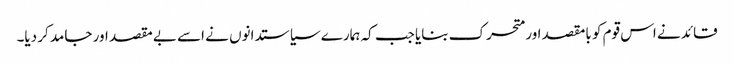
قائد نے اس قوم کو بامقصد اور متحرک بنایا جب کہ ہمارے سیاستدانوں نے اسے بے مقصد اور جامد کر دیا۔